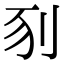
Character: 𠛖